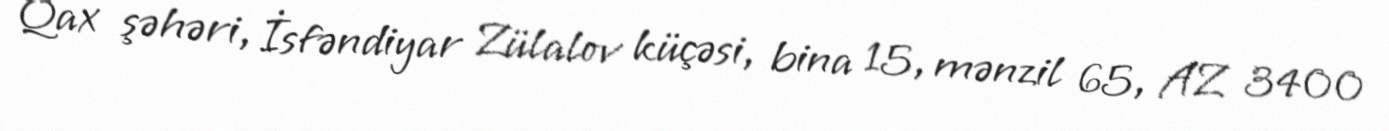
Qax şəhəri, İsfəndiyar Zülalov küçəsi, bina 15, mənzil 65, AZ 3400